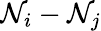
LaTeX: {\mathcal{N}_{i}-\mathcal{N}_{j}}